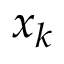
{ \boldsymbol { x } } _ { k }